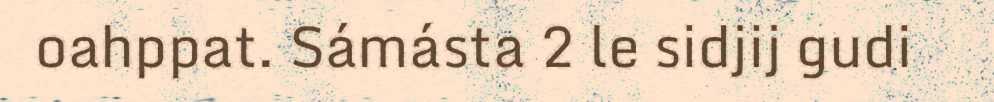
oahppat. Sámásta 2 le sidjij gudi